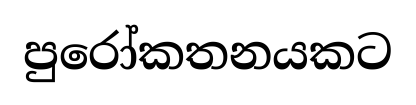
පුරෝකතනයකට